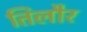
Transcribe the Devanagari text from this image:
तिलौर